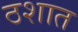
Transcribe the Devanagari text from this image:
ठशात